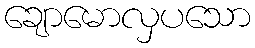
ချောမောလှပသော